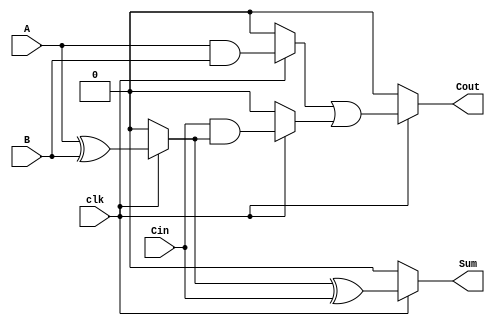
module dynamic_full_adder (
    input wire A,      // First input bit
    input wire B,      // Second input bit
    input wire Cin,    // Carry-in bit
    input wire clk,    // Clock signal
    output wire Sum,   // Sum output
    output wire Cout   // Carry-out output
);

    // Internal wires for dynamic logic
    wire A_xor_B;      // Intermediate wire for A XOR B
    wire A_and_B;      // Intermediate wire for A AND B
    wire A_xor_B_and_Cin; // Intermediate wire for (A XOR B) AND Cin

    // Dynamic logic for A XOR B
    // Precharge phase (when clk is low)
    // Evaluate phase (when clk is high)
    assign A_xor_B = (clk) ? (A ^ B) : 1'b0;

    // Dynamic logic for Sum = A XOR B XOR Cin
    // Precharge phase (when clk is low)
    // Evaluate phase (when clk is high)
    assign Sum = (clk) ? (A_xor_B ^ Cin) : 1'b0;

    // Dynamic logic for Cout = (A AND B) OR (Cin AND (A XOR B))
    // Precharge phase (when clk is low)
    // Evaluate phase (when clk is high)
    assign A_and_B = (clk) ? (A & B) : 1'b0;
    assign A_xor_B_and_Cin = (clk) ? (Cin & A_xor_B) : 1'b0;

    // Final Cout calculation
    assign Cout = (clk) ? (A_and_B | A_xor_B_and_Cin) : 1'b0;

endmodule